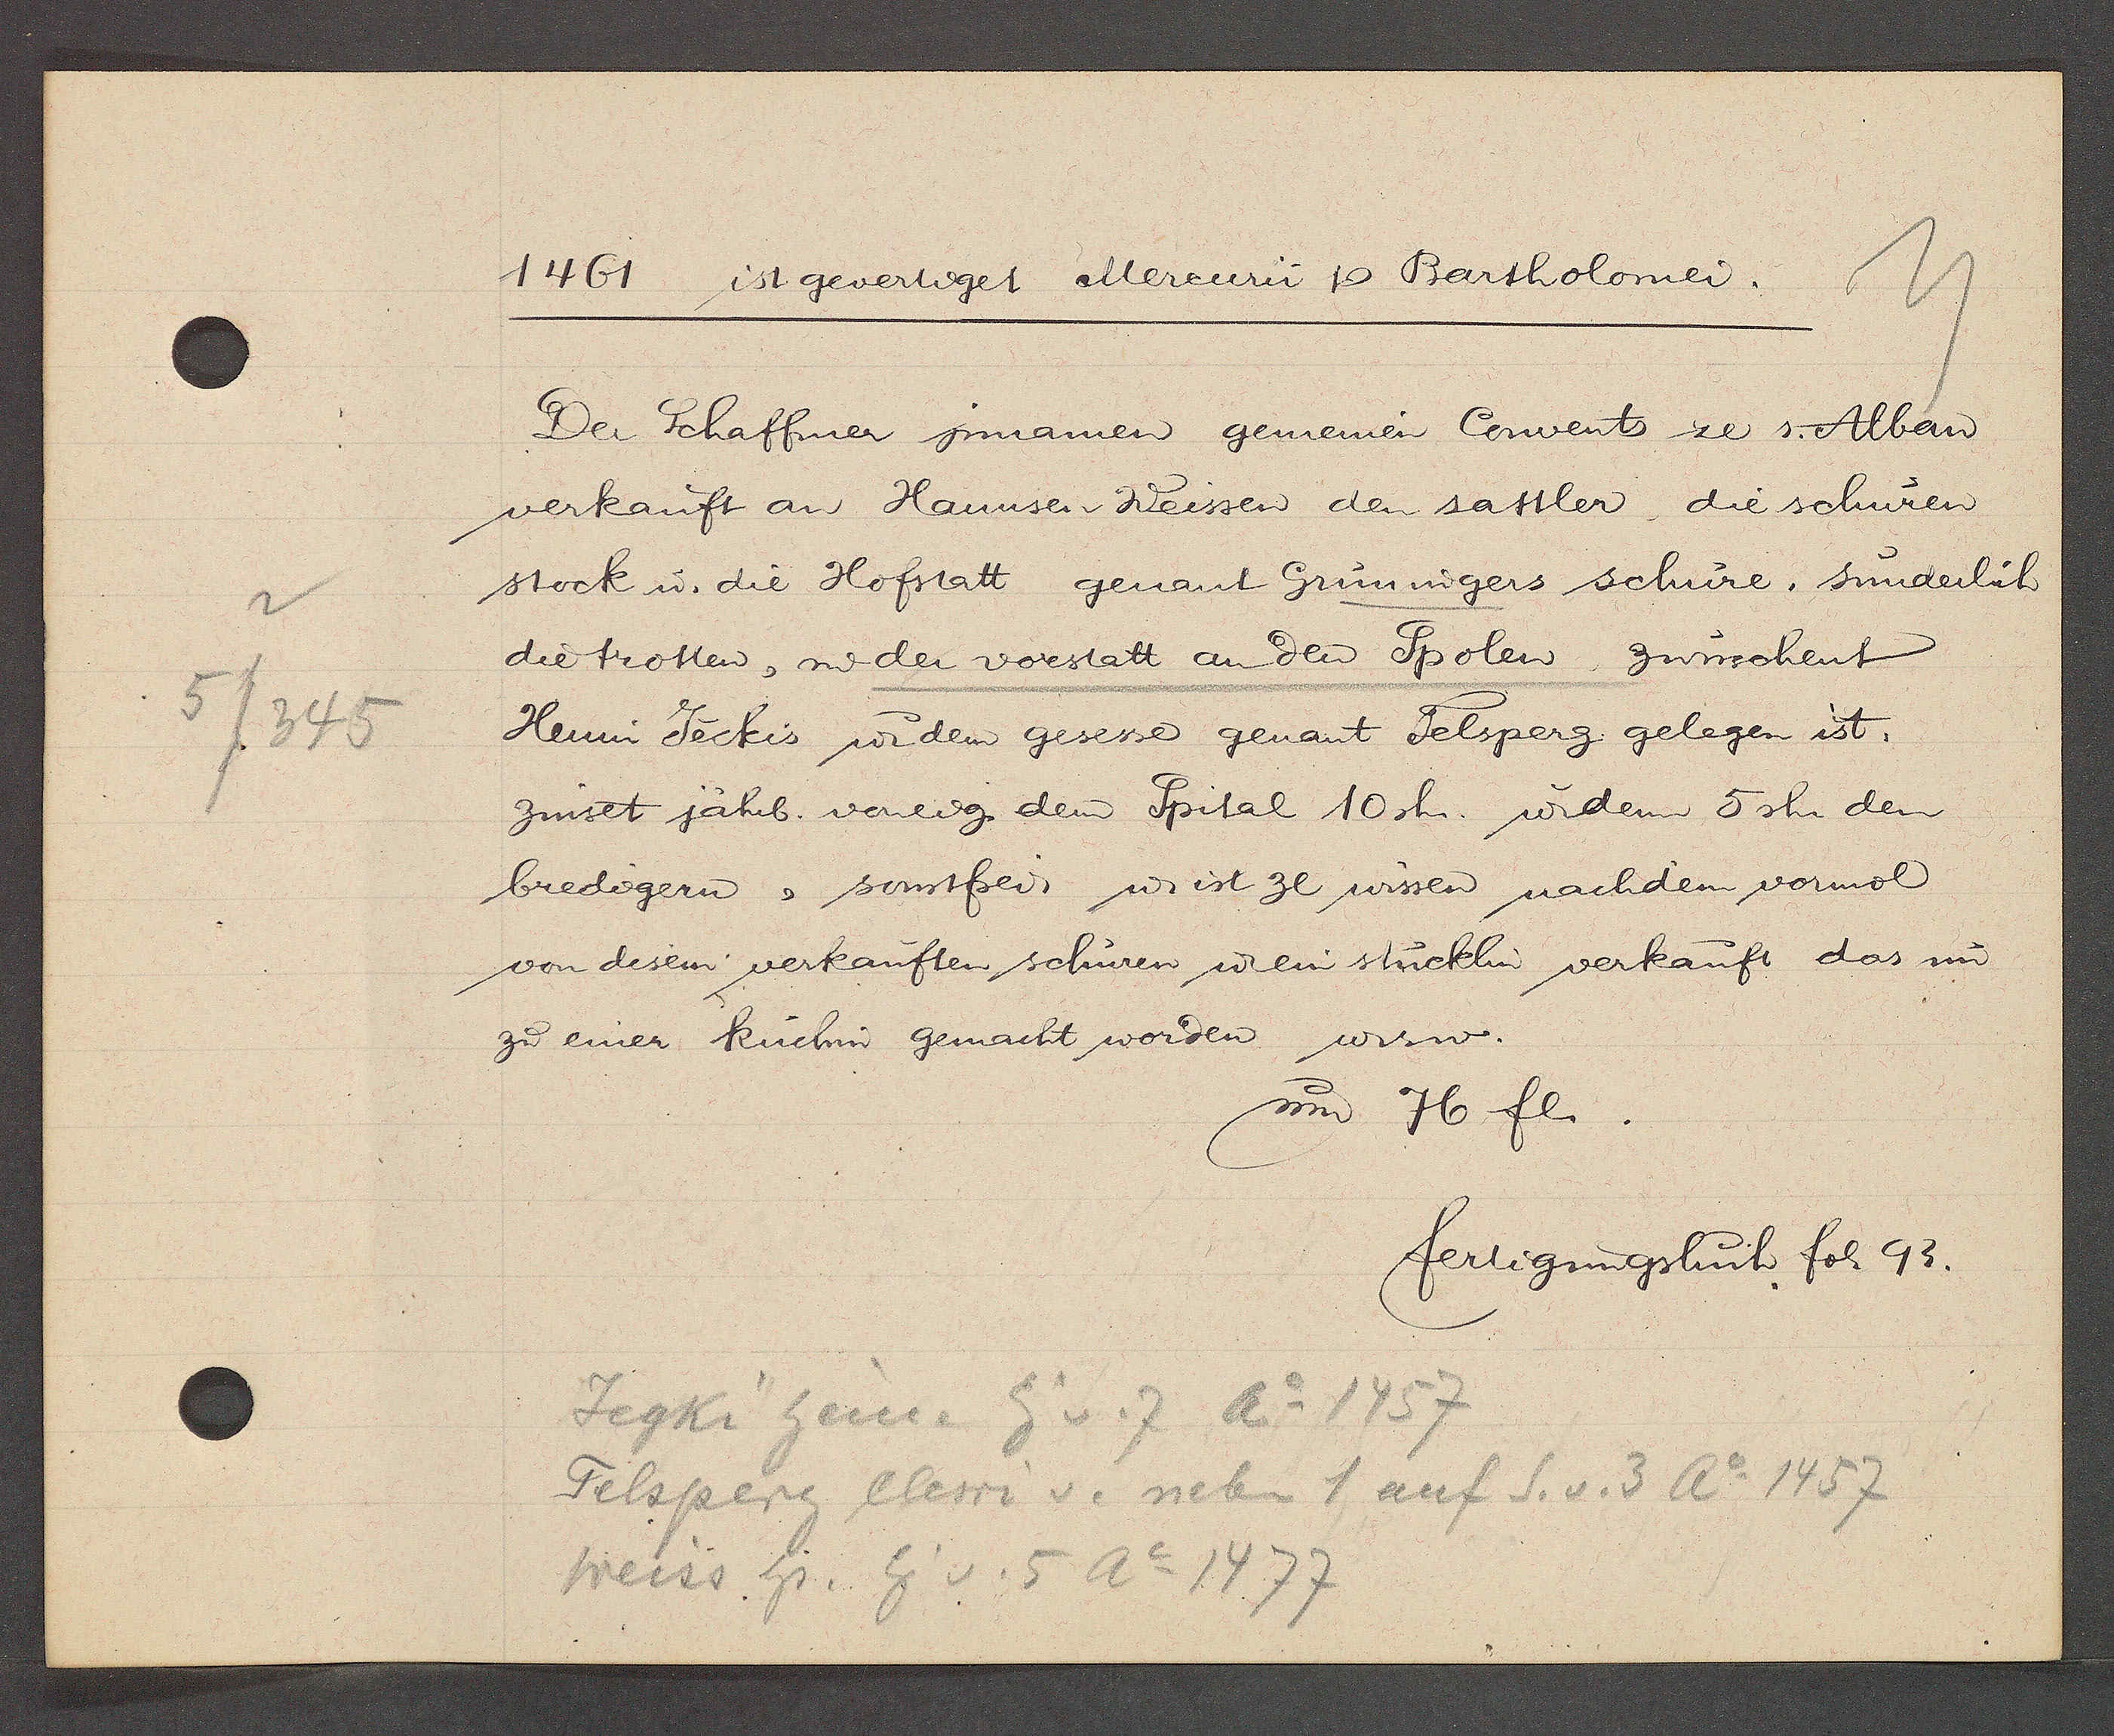
Transcript:
5/345

1461 ist gevertiget Mercurii Ƿ Bartholomei.

Der Schaffmer jnnamen gemeinen Convent ze s. Alban
verkauft an Hannsen Weissen den sattler, die schuren
stock u. die Hofstatt genant Grüningers schure, sunderlich
die trotten, in der vorstatt an den Spolen zwuschent
Henin Jeckis ư dem gesesse genant Felsperg gelegen ist.
zinset jährl. voneig dem Spital 10sh. u dem 5 sh. den
bredigern, sonstfrei ư ist ze wissen nachdem vormol
von desein verkauften schuren ư ein stucklin verkauft das um
zu einer kuchin gemacht worden usw.
um 76 fl.

fertigungsbuch fol. 93.

Jegki Hein. Eig v. 7 Ao 1457
Felsperg Clewi v. neben 1 auf S. v. 3 Ao 1457
Weiss hs. Eig v. 5 Ao 1477